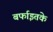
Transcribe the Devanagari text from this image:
बर्फाइतके